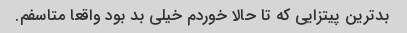
بد‌ترین پیتزایی که تا حالا خوردم خیلی بد بود واقعا متاسفم.